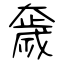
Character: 奯